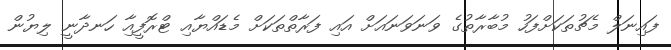
ފައިނަލް މެޗުތަކަށްފަހު މުބާރާތުގެ ވަނަވަނައަށް އައި ފަރާތްތަކަށް މެޑައްޔާއި ޓްރޮފީއާި ހަނދާނީ ލިޔުން